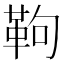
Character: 𩉿